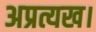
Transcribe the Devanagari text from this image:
अप्रत्यख।